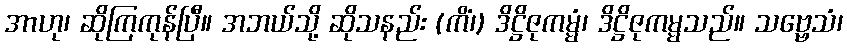
အာဟု၊ ဆိုကြကုန်ပြီ။ အဘယ်သို့ ဆိုသနည်း (ကိံ၊) ဒိဋ္ဌိဇုကမ္မံ၊ ဒိဋ္ဌိဇုကမ္မသည်။ သဗ္ဗေသံ၊